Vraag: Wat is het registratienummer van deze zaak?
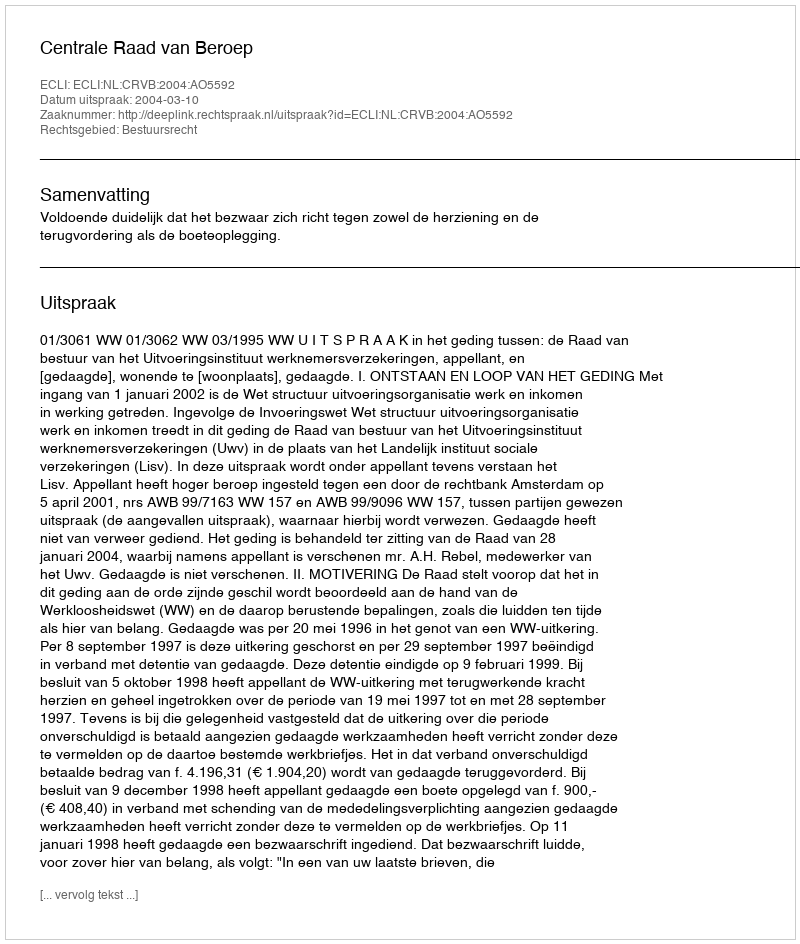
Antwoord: http://deeplink.rechtspraak.nl/uitspraak?id=ECLI:NL:CRVB:2004:AO5592